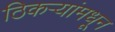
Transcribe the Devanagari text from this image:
ठिकऱ्यांमधून